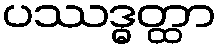
ပဿဒ္ဓတ္ထာ